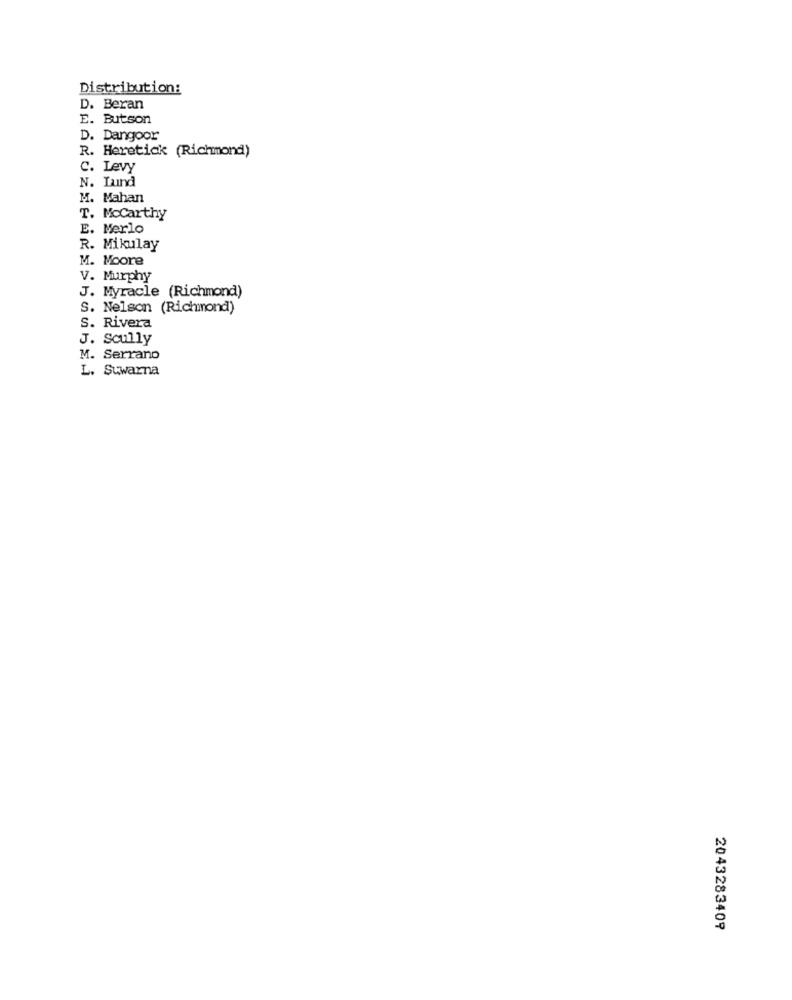
Distribution:
D. Beran
E. Butson
D. Dangoor
R. Heretick (Richmond)
C. Levy
N. Lund
M. Mahan
T. Mccarthy
E. Merlo
R. Mikulay
M. Moore
V. Murphy
J. Myracle (Richmond)
S. Nelson (Richmond)
S. Rivera
J. Scully
M. Serrano
L. Suwarna
2043283409